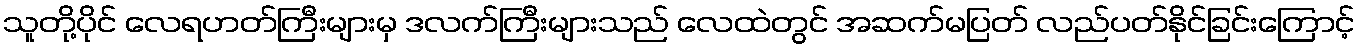
သူတို့ပိုင် လေရဟတ်ကြီးများမှ ဒလက်ကြီးများသည် လေထဲတွင် အဆက်မပြတ် လည်ပတ်နိုင်ခြင်းကြောင့်